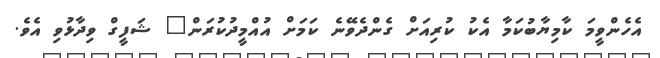
އެހެންވީމަ ކާމިޔާބުކަމާ އެކު ކުރިއަށް ގެންދެވޭނެ ކަމަށް އުއްމީދުކުރަން" ޝަފީގް ވިދާޅުވި އެވެ.